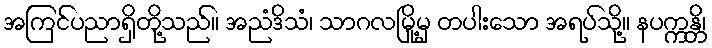
အကြင်ပညာရှိတို့သည်။ အညံဒိသံ၊ သာဂလမြို့မှ တပါးသော အရပ်သို့။ နပက္ကန္တိ၊